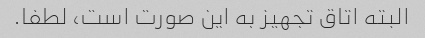
البته اتاق تجهیز به این صورت است، لطفا.